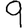
Digit: 9